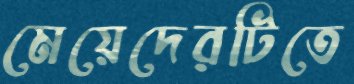
মেয়েদেরটিতে